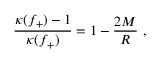
\frac { \kappa ( f _ { + } ) - 1 } { \kappa ( f _ { + } ) } = 1 - \frac { 2 M } { R } \ ,